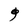
Character: g